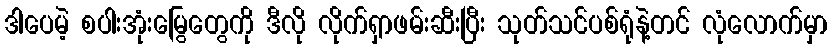
ဒါပေမဲ့ စပါးအုံးမြွေတွေကို ဒီလို လိုက်ရှာဖမ်းဆီးပြီး သုတ်သင်ပစ်ရုံနဲ့တင် လုံလောက်မှာ